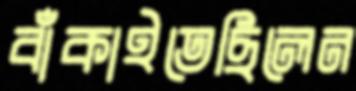
বাঁকাইতেছিলেন